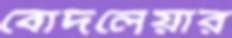
বোদলেয়ার